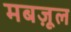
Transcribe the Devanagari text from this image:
मबज़ूल